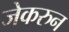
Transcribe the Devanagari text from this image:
जेकरुन